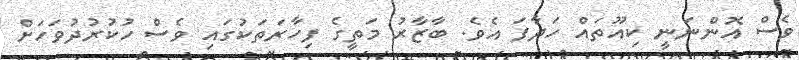
ވެސް އޮންނަނީ ކިއޫތައް ހަދާފަ އެވެ. ބާޒާރު މަތީގެ ފިހާރަތަކުގައި ވެސް ހުކުރުދުވަހަށް